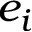
e _ { i }